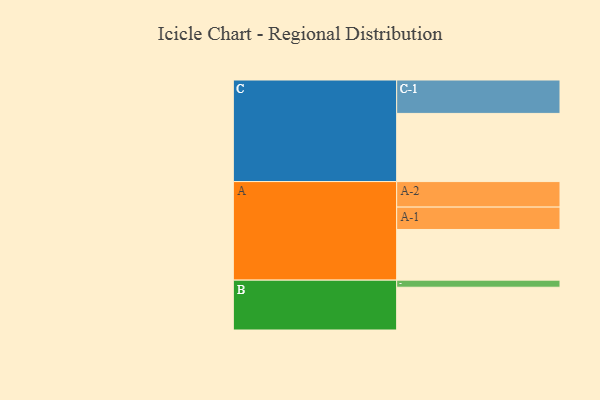
{"axis": {"x": "Segment", "y": "Value"}, "legend": ["", "A", "B", "C"], "data": [{"x": "A", "y": 385, "type": ""}, {"x": "B", "y": 325, "type": ""}, {"x": "C", "y": 518, "type": ""}, {"x": "A-1", "y": 170, "type": "A"}, {"x": "A-2", "y": 194, "type": "A"}, {"x": "B-1", "y": 54, "type": "B"}, {"x": "C-1", "y": 254, "type": "C"}]}